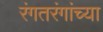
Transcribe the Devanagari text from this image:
रंगतरंगांच्या